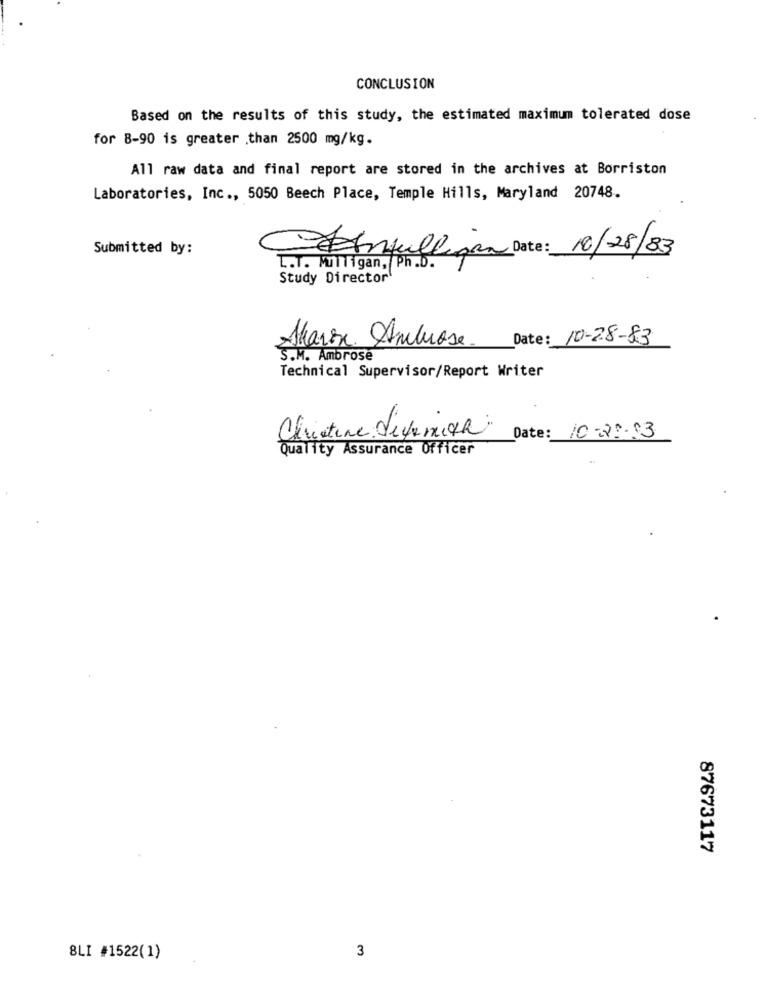
CONCLUSION
Based on the results of this study, the estimated maximum tolerated dose
for 8-90 is greater than 2500 mg/kg.
All raw data and final report are stored in the archives at Borriston
Laboratories, Inc ., 5050 Beech Place, Temple Hills, Maryland 20748.
Submitted by:
Etmulligan Date: 10/28/83
L.T. Mulligan, Ph.D.
Study Director
Date : 10-28-83
Akaron Ambrose
S.M. Ambrose
Technical Supervisor/Report Writer
Christine diyemith
Date: 10-20-53
Quality Assurance Officer
87673117
3
8LI #1522(1)